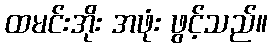
ထမင်းအိုး အဖုံး ဖွင့်သည်။